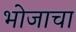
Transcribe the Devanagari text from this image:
भोजाचा